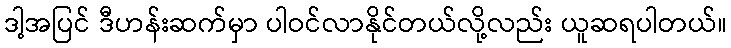
ဒါ့အပြင် ဒီဟန်းဆက်မှာ ပါဝင်လာနိုင်တယ်လို့လည်း ယူဆရပါတယ်။